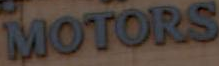
MOTORS